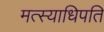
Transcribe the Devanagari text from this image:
मत्स्याधिपति